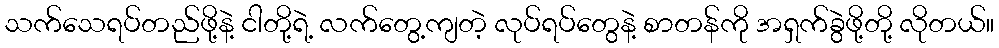
သက်သေရပ်တည်ဖို့နဲ့ ငါတို့ရဲ့ လက်တွေ့ကျတဲ့ လုပ်ရပ်တွေနဲ့ စာတန်ကို အရှက်ခွဲဖို့တို့ လိုတယ်။